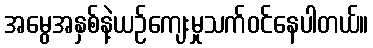
အမွေအနှစ်နဲ့ယဉ်ကျေးမှုသက်ဝင်နေပါတယ်။